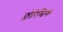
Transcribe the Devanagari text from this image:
फ्लोरिस्चिक